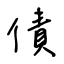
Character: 債